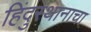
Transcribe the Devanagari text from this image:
हिंदुस्थानाचा